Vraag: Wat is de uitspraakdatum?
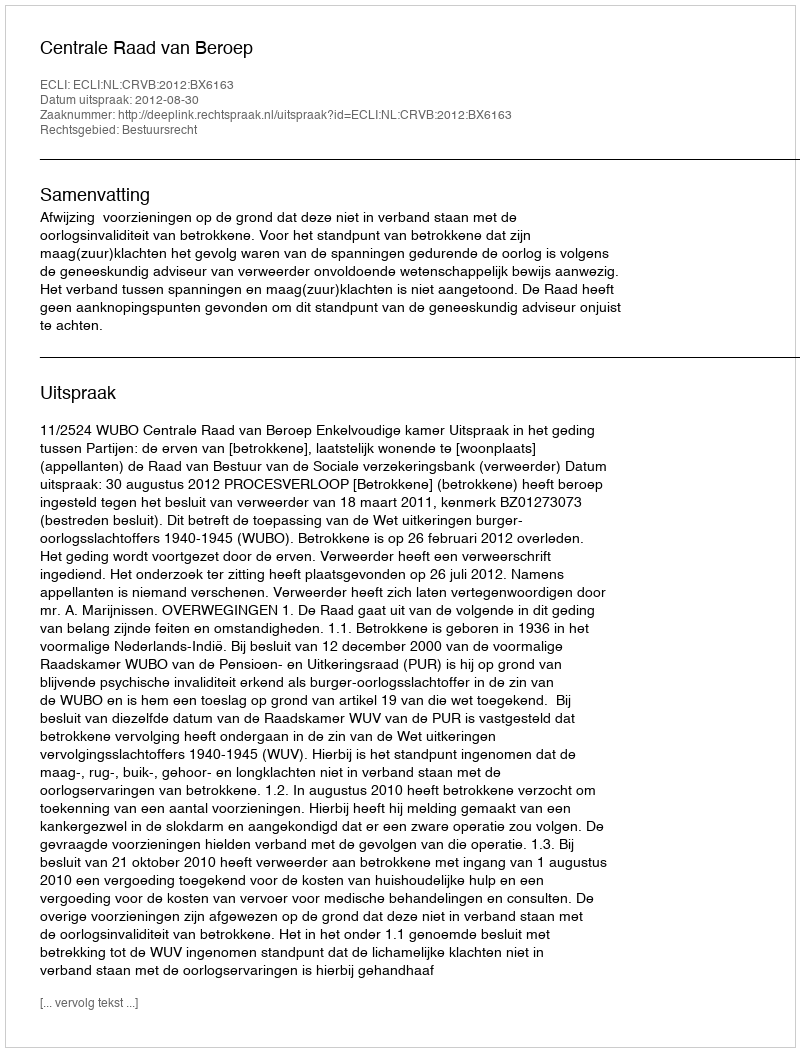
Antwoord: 2012-08-30